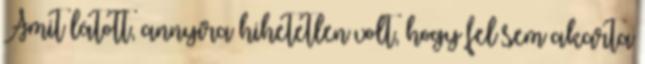
Amit látott, annyira hihetetlen volt, hogy fel sem akarta